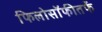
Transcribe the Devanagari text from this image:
फिलोसॉफीतर्फे